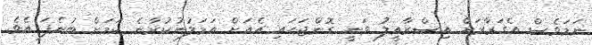
ނަމަވެސް އެގަރާރަށް އިސްރާއީލު ވަނީ ގޮންޖަހައި އެއަށް އަމަލުނުކުރާނެ ކަމަށް ބުނެފަ އެވެ.